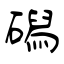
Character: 磶